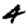
Digit: 4